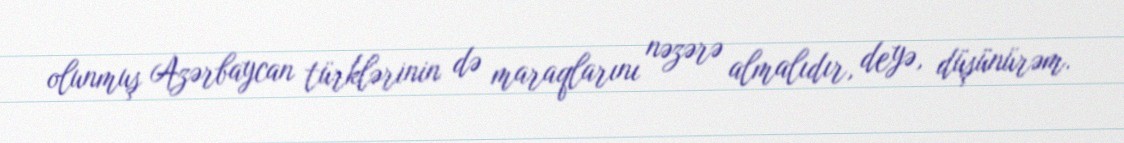
olunmuş Azərbaycan türklərinin də maraqlarını nəzərə almalıdır, deyə, düşünürəm.